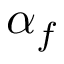
\alpha _ { f }